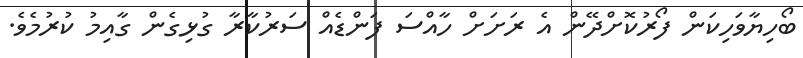
ބޯހިޔާވަހިކަން ފޯރުކޮށްދޭން އެ ރަށަށް ހާއްސަ ފަންޑެއް ސަރުކާރާ ގުޅިގެން ގާއިމު ކުރުމެވެ.